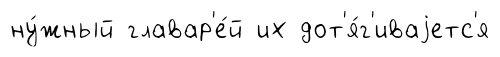
ну́жный главар'е́й их дот'я́г'иваjетс'я